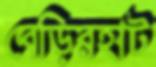
বেড়িরহাট